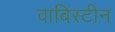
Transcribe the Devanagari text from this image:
वाबिस्टीन